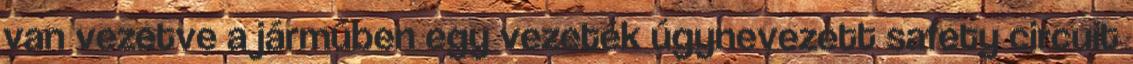
van vezetve a járműben egy vezeték úgynevezett safety circuit